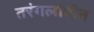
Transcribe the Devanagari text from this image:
तरंगलांबीत